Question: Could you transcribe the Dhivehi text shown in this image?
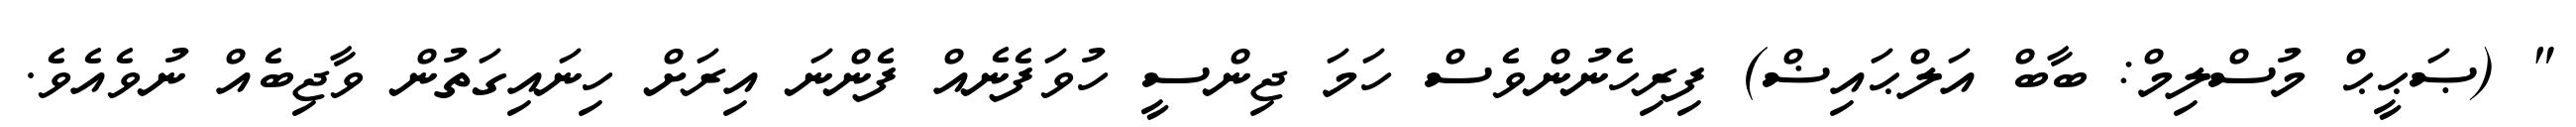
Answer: " (ޞަޙީޙް މުސްލިމް: ބާބް އަލްޙައިޟް) ފިރިހެނުންވެސް ހަމަ ޖިންސީ ހުވަފެނެއް ފެންނަ އިރަށް ހިނައިގަތުން ވާޖިބެއް ނުވެއެވެ.